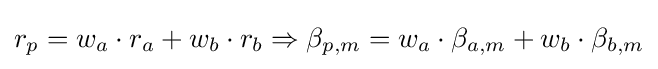
r_{p}=w_{a}\cdot r_{a}+w_{b}\cdot r_{b}\Rightarrow \beta _{p,m}=w_{a}\cdot \beta _{a,m}+w_{b}\cdot \beta _{b,m}